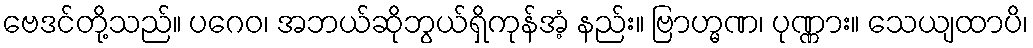
ဗေဒင်တို့သည်။ ပဂေဝ၊ အဘယ်ဆိုဘွယ်ရှိကုန်အံ့ နည်း။ ဗြာဟ္မဏ၊ ပုဏ္ဏား။ သေယျထာပိ၊